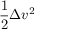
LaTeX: { \frac { 1 } { 2 } } \Delta v ^ { 2 }